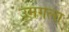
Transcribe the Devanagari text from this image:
उमगला